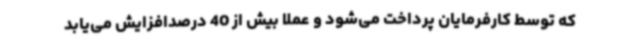
که توسط کارفرمایان پرداخت می‌شود و عملاً بیش از 40 درصدافزایش می‌یابد